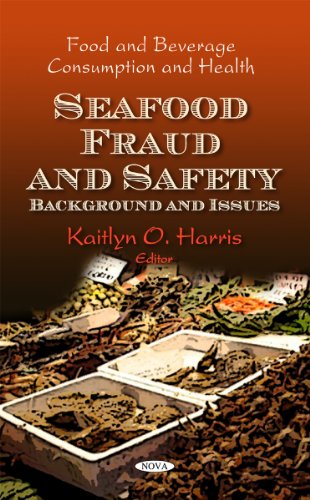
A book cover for Seafood Fraud and Safety: Background and Issues (Food and Beverage Consumption and Health); Science & Math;